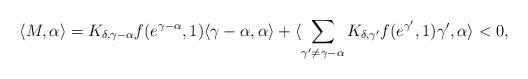
LaTeX: \begin{align*}\langle M,\alpha\rangle=K_{\delta,\gamma-\alpha}f(e^{\gamma-\alpha},1)\langle\gamma-\alpha,\alpha\rangle+\langle\sum_{\gamma^{\prime}\not =\gamma-\alpha}K_{\delta,\gamma^{\prime}}f(e^{\gamma^{\prime}},1)\gamma^{\prime},\alpha\rangle<0,\end{align*}